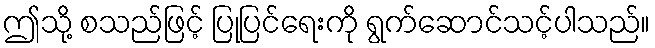
ဤသို့ စသည်ဖြင့် ပြုပြင်ရေးကို ရွက်ဆောင်သင့်ပါသည်။